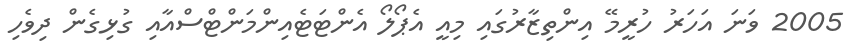
2005 ވަނަ އަހަރު ހުރީމޭ އިންތިޒާރުގައި މިއީ އެޕޯލޯ އެންޓަޓެއިންމަންޓްސްއާއި ގުޅިގެން ދިވެހި